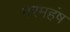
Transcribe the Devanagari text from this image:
परमहंष